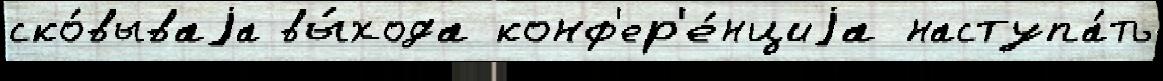
ско́вываjа вы́хода конф'ер'е́нциjа наступа́ть